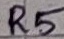
Text: R5